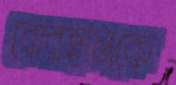
বোরহানকে